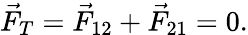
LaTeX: \vec{F}_{T}=\vec{F}_{12}+\vec{F}_{21}=0.